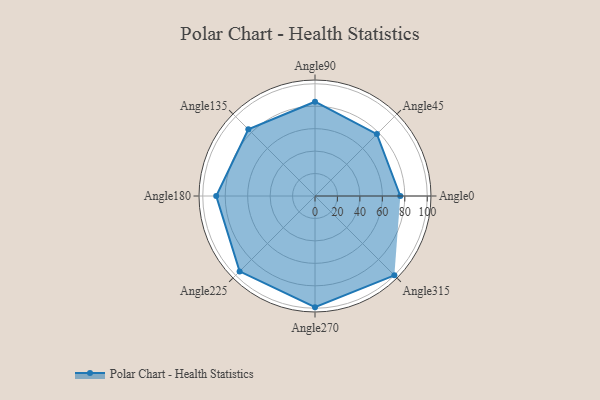
{"axis": {"x": "Angle", "y": "Radius"}, "legend": [""], "data": [{"x": "Angle0", "y": 76.0, "type": ""}, {"x": "Angle45", "y": 78.0, "type": ""}, {"x": "Angle90", "y": 84.0, "type": ""}, {"x": "Angle135", "y": 84.0, "type": ""}, {"x": "Angle180", "y": 88.0, "type": ""}, {"x": "Angle225", "y": 95.0, "type": ""}, {"x": "Angle270", "y": 99.0, "type": ""}, {"x": "Angle315", "y": 100.0, "type": ""}]}